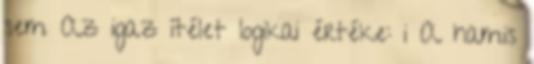
sem Az igaz ítélet logikai értéke: i A hamis